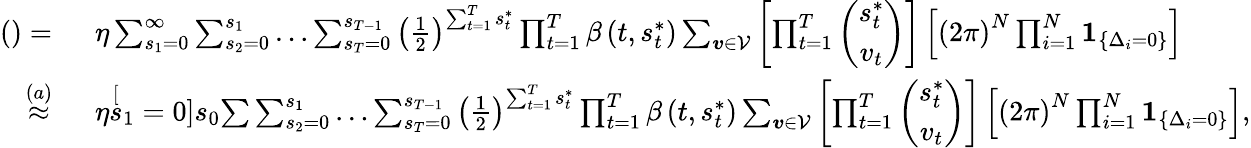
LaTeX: \begin{array}{rl}{\left(\right)=~}&{\eta\sum_{s_{1}=0}^{\infty}\sum_{s_{2}=0}^{s_{1}}\ldots\sum_{s_{T}=0}^{s_{T-1}}\left(\frac{1}{2}\right)^{\sum_{t=1}^{T}s_{t}^{*}}\prod_{t=1}^{T}\beta\left(t,s_{t}^{*}\right)\sum_{\boldsymbol{v}\in\mathcal{V}}\left[\prod_{t=1}^{T}\left(\begin{array}{c}{s_{t}^{*}}\\ {v_{t}}\end{array}\right)\right]\left[\left(2\pi\right)^{N}\prod_{i=1}^{N}\boldsymbol{1}_{\left\{ \Delta_{i}=0\right\} }\right]}\\ {\overset{\left(a\right)}{\approx}~}&{\eta\stackrel[s_{1}=0]{s_{0}}{\sum}\sum_{s_{2}=0}^{s_{1}}\ldots\sum_{s_{T}=0}^{s_{T-1}}\left(\frac{1}{2}\right)^{\sum_{t=1}^{T}s_{t}^{*}}\prod_{t=1}^{T}\beta\left(t,s_{t}^{*}\right)\sum_{\boldsymbol{v}\in\mathcal{V}}\left[\prod_{t=1}^{T}\left(\begin{array}{c}{s_{t}^{*}}\\ {v_{t}}\end{array}\right)\right]\left[\left(2\pi\right)^{N}\prod_{i=1}^{N}\boldsymbol{1}_{\left\{ \Delta_{i}=0\right\} }\right],}\end{array}